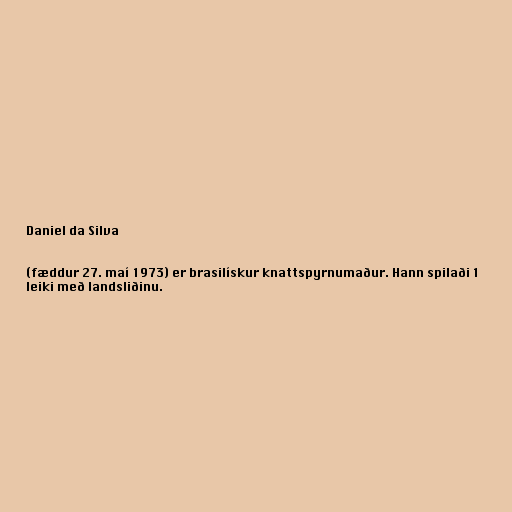
Daniel da Silva

(fæddur 27. maí 1973) er brasilískur knattspyrnumaður. Hann spilaði 1
leiki með landsliðinu.